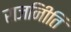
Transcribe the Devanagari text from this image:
राजनीिति